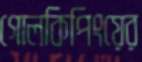
গোলকিপিংয়ের